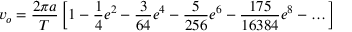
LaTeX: v _ { o } = { \frac { 2 \pi a } { T } } \left[ 1 - { \frac { 1 } { 4 } } e ^ { 2 } - { \frac { 3 } { 6 4 } } e ^ { 4 } - { \frac { 5 } { 2 5 6 } } e ^ { 6 } - { \frac { 1 7 5 } { 1 6 3 8 4 } } e ^ { 8 } - \dots \right]